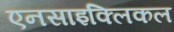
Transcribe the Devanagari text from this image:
एनसाइक्लिकल